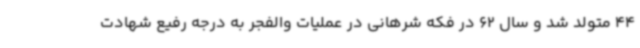
44 متولد شد و سال 62 در فکه شرهانی در عملیات والفجر به درجه رفیع شهادت